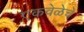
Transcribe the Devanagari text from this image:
एकवेळेचे